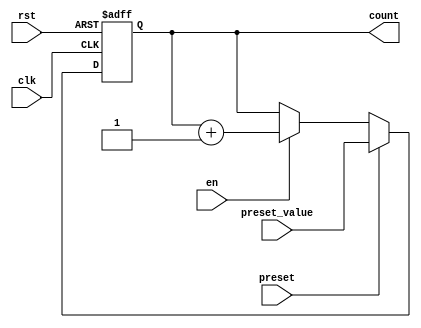
module presettable_counter #(
    parameter WIDTH = 8  // Define the bit-width of the counter
)(
    input wire clk,               // Clock signal
    input wire rst,               // Asynchronous reset signal
    input wire preset,            // Control signal to load preset value
    input wire [WIDTH-1:0] preset_value, // Value to preset the counter
    input wire en,                // Enable signal for counting
    output reg [WIDTH-1:0] count  // Current counter value
);

    // Always block for synchronous logic
    always @(posedge clk or posedge rst) begin
        if (rst) begin
            // Asynchronous reset
            count <= 0;  // Initialize counter to zero
        end else if (preset) begin
            // Load preset value when preset signal is active
            count <= preset_value;
        end else if (en) begin
            // Increment the counter if enabled
            count <= count + 1;
        end
        // Note: If en is not asserted, the counter holds its value
    end

endmodule